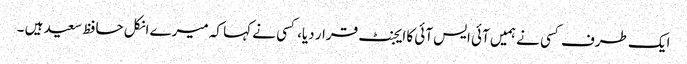
ایک طرف کسی نے ہمیں آئی ایس آئی کا ایجنٹ قرار دیا، کسی نے کہا کہ میرے انکل حافظ سعید ہیں ۔